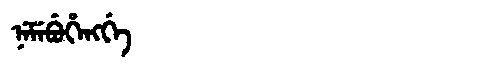
Manchu: ᠨᡝᠮᡝᠪᡠᡥᡝᠩᡤᡝ
Romanization: NEMEBUHENGGE